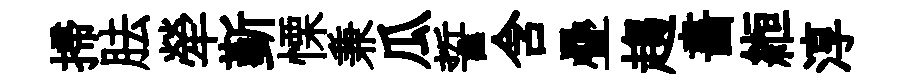
掃胠犖斳慄兼瓜誓含疊趨畵縆淳